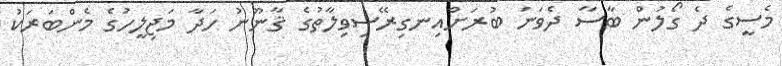
މެސީގެ ދެ ގޯލުން ބާސާ ދެވަނަ ބުރަށްއިނގިރޭސިވިލާތުގެ ޤާނޫނު ހަދާ މަޖިލީހުގެ މެންބަރަކު